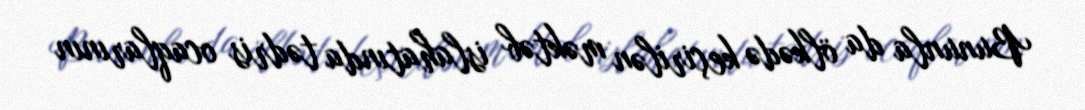
Bununla da ölkədə keçirilən məktəb islahatında tədris ocaqlarının